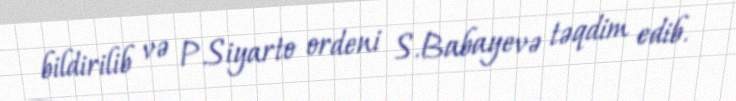
bildirilib və P.Siyarto ordeni S.Babayevə təqdim edib.